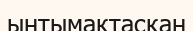
ынтымақтасқан